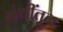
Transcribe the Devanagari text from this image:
ग्रंथींतून